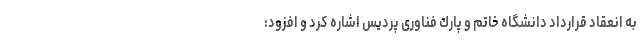
به انعقاد قرارداد دانشگاه خاتم و پارك فناوری پردیس اشاره كرد و افزود: